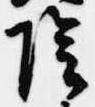
陰